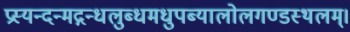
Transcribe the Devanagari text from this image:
प्रस्यन्दन्मद्गन्धलुब्धमधुपब्यालोलगण्डस्थलम्।